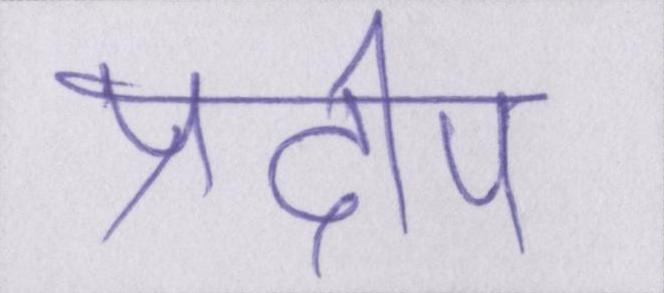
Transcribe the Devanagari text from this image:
प्रदीप